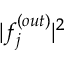
\lvert f _ { j } ^ { ( o u t ) } \rvert ^ { 2 }